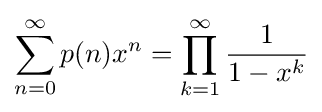
\sum _{n=0}^{\infty }p(n)x^{n}=\prod _{k=1}^{\infty }{\frac {1}{1-x^{k}}}